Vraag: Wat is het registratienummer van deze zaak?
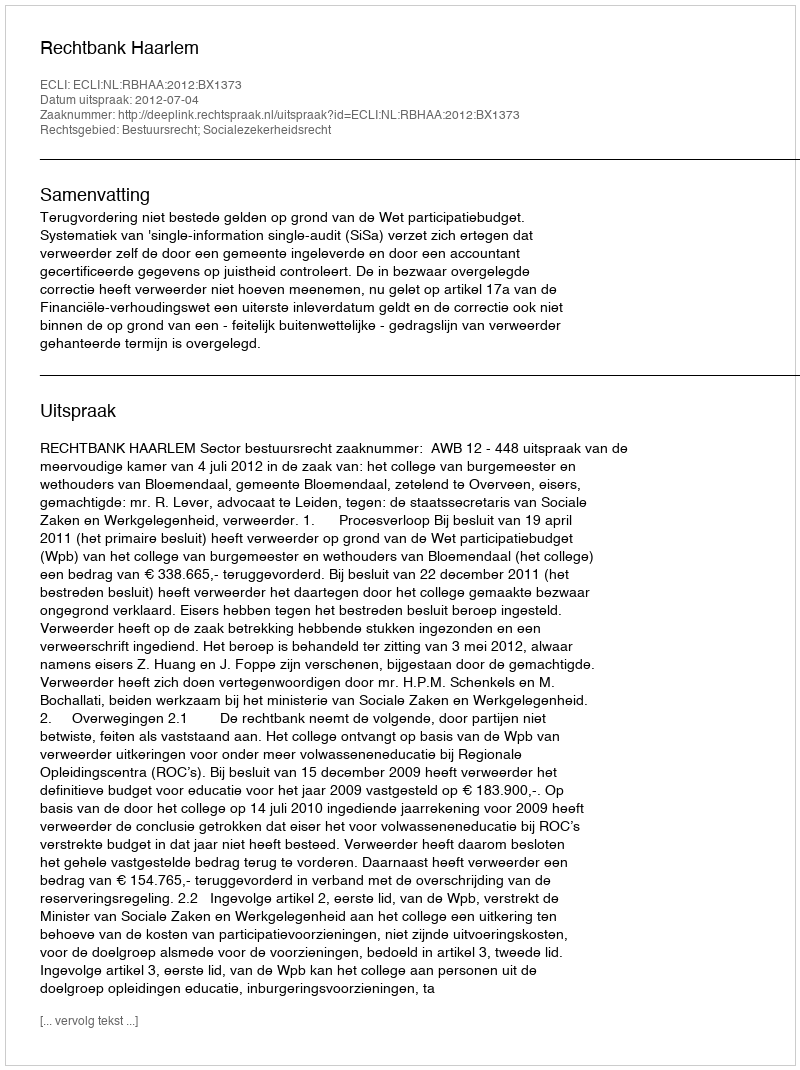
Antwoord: http://deeplink.rechtspraak.nl/uitspraak?id=ECLI:NL:RBHAA:2012:BX1373